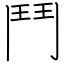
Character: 鬥